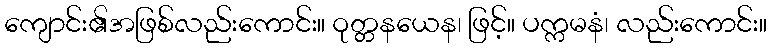
ကျောင်း၏အဖြစ်လည်းကောင်း။ ဝုတ္တနယေန၊ ဖြင့်။ ပက္ကမနံ၊ လည်းကောင်း။